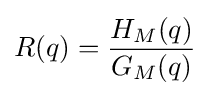
R(q)={\frac {H_{M}(q)}{G_{M}(q)}}